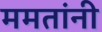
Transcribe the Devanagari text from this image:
ममतांनी